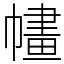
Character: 𢄶